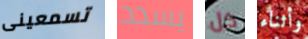
تسمعينى يسدد كل وأثناء